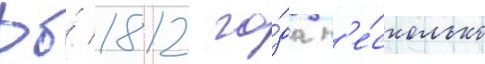
До́ 1812 го́да н'е́сколько